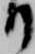
り